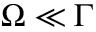
\Omega \ll \Gamma